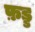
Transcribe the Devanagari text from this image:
फ़ड्ड